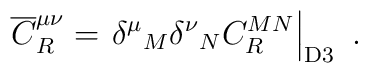
{\overline C}^{\mu\nu}_R=\left.{\delta^\mu}_M {\delta^\nu}_N C^{MN}_R \right|_{\rm D3}~.